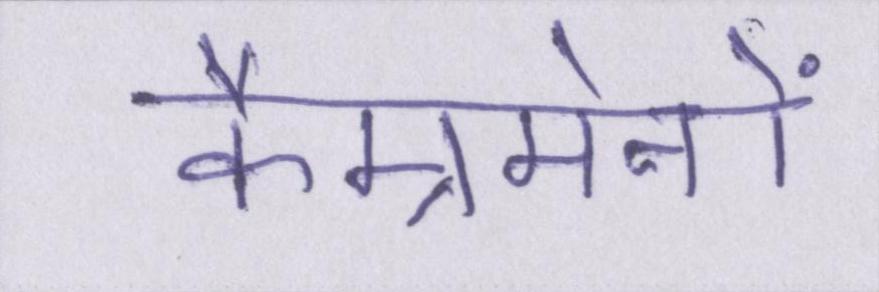
कैम्रमेनों